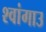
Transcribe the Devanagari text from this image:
श्वांगाउ